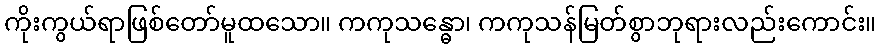
ကိုးကွယ်ရာဖြစ်တော်မူထသော။ ကကုသန္ဓော၊ ကကုသန်မြတ်စွာဘုရားလည်းကောင်း။